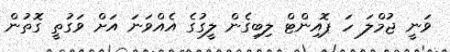
ވަނީ ޖުމްލަ ހަ ޕޮއިންޓް ލިބިގެން ލީގުގެ އެއްވަނަ އަށް ވަގުތީ ގޮތުން